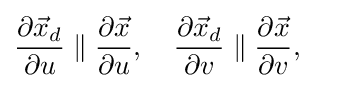
{\partial {\vec {x}}_{d} \over \partial u}\parallel {\partial {\vec {x}} \over \partial u},\quad {\partial {\vec {x}}_{d} \over \partial v}\parallel {\partial {\vec {x}} \over \partial v},\quad